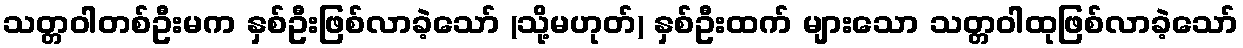
သတ္တဝါတစ်ဦးမက နှစ်ဦးဖြစ်လာခဲ့သော် (သို့မဟုတ်) နှစ်ဦးထက် များသော သတ္တဝါထုဖြစ်လာခဲ့သော်